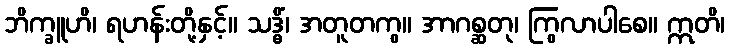
ဘိက္ခူဟိ၊ ရဟန်းတို့နှင့်။ သဒ္ဓိံ၊ အတူတကွ။ အာဂစ္ဆတု၊ ကြွလာပါစေ။ ဣတိ၊